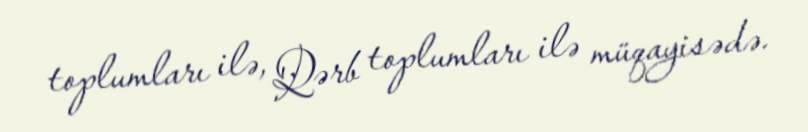
toplumları ilə, Qərb toplumları ilə müqayisədə.